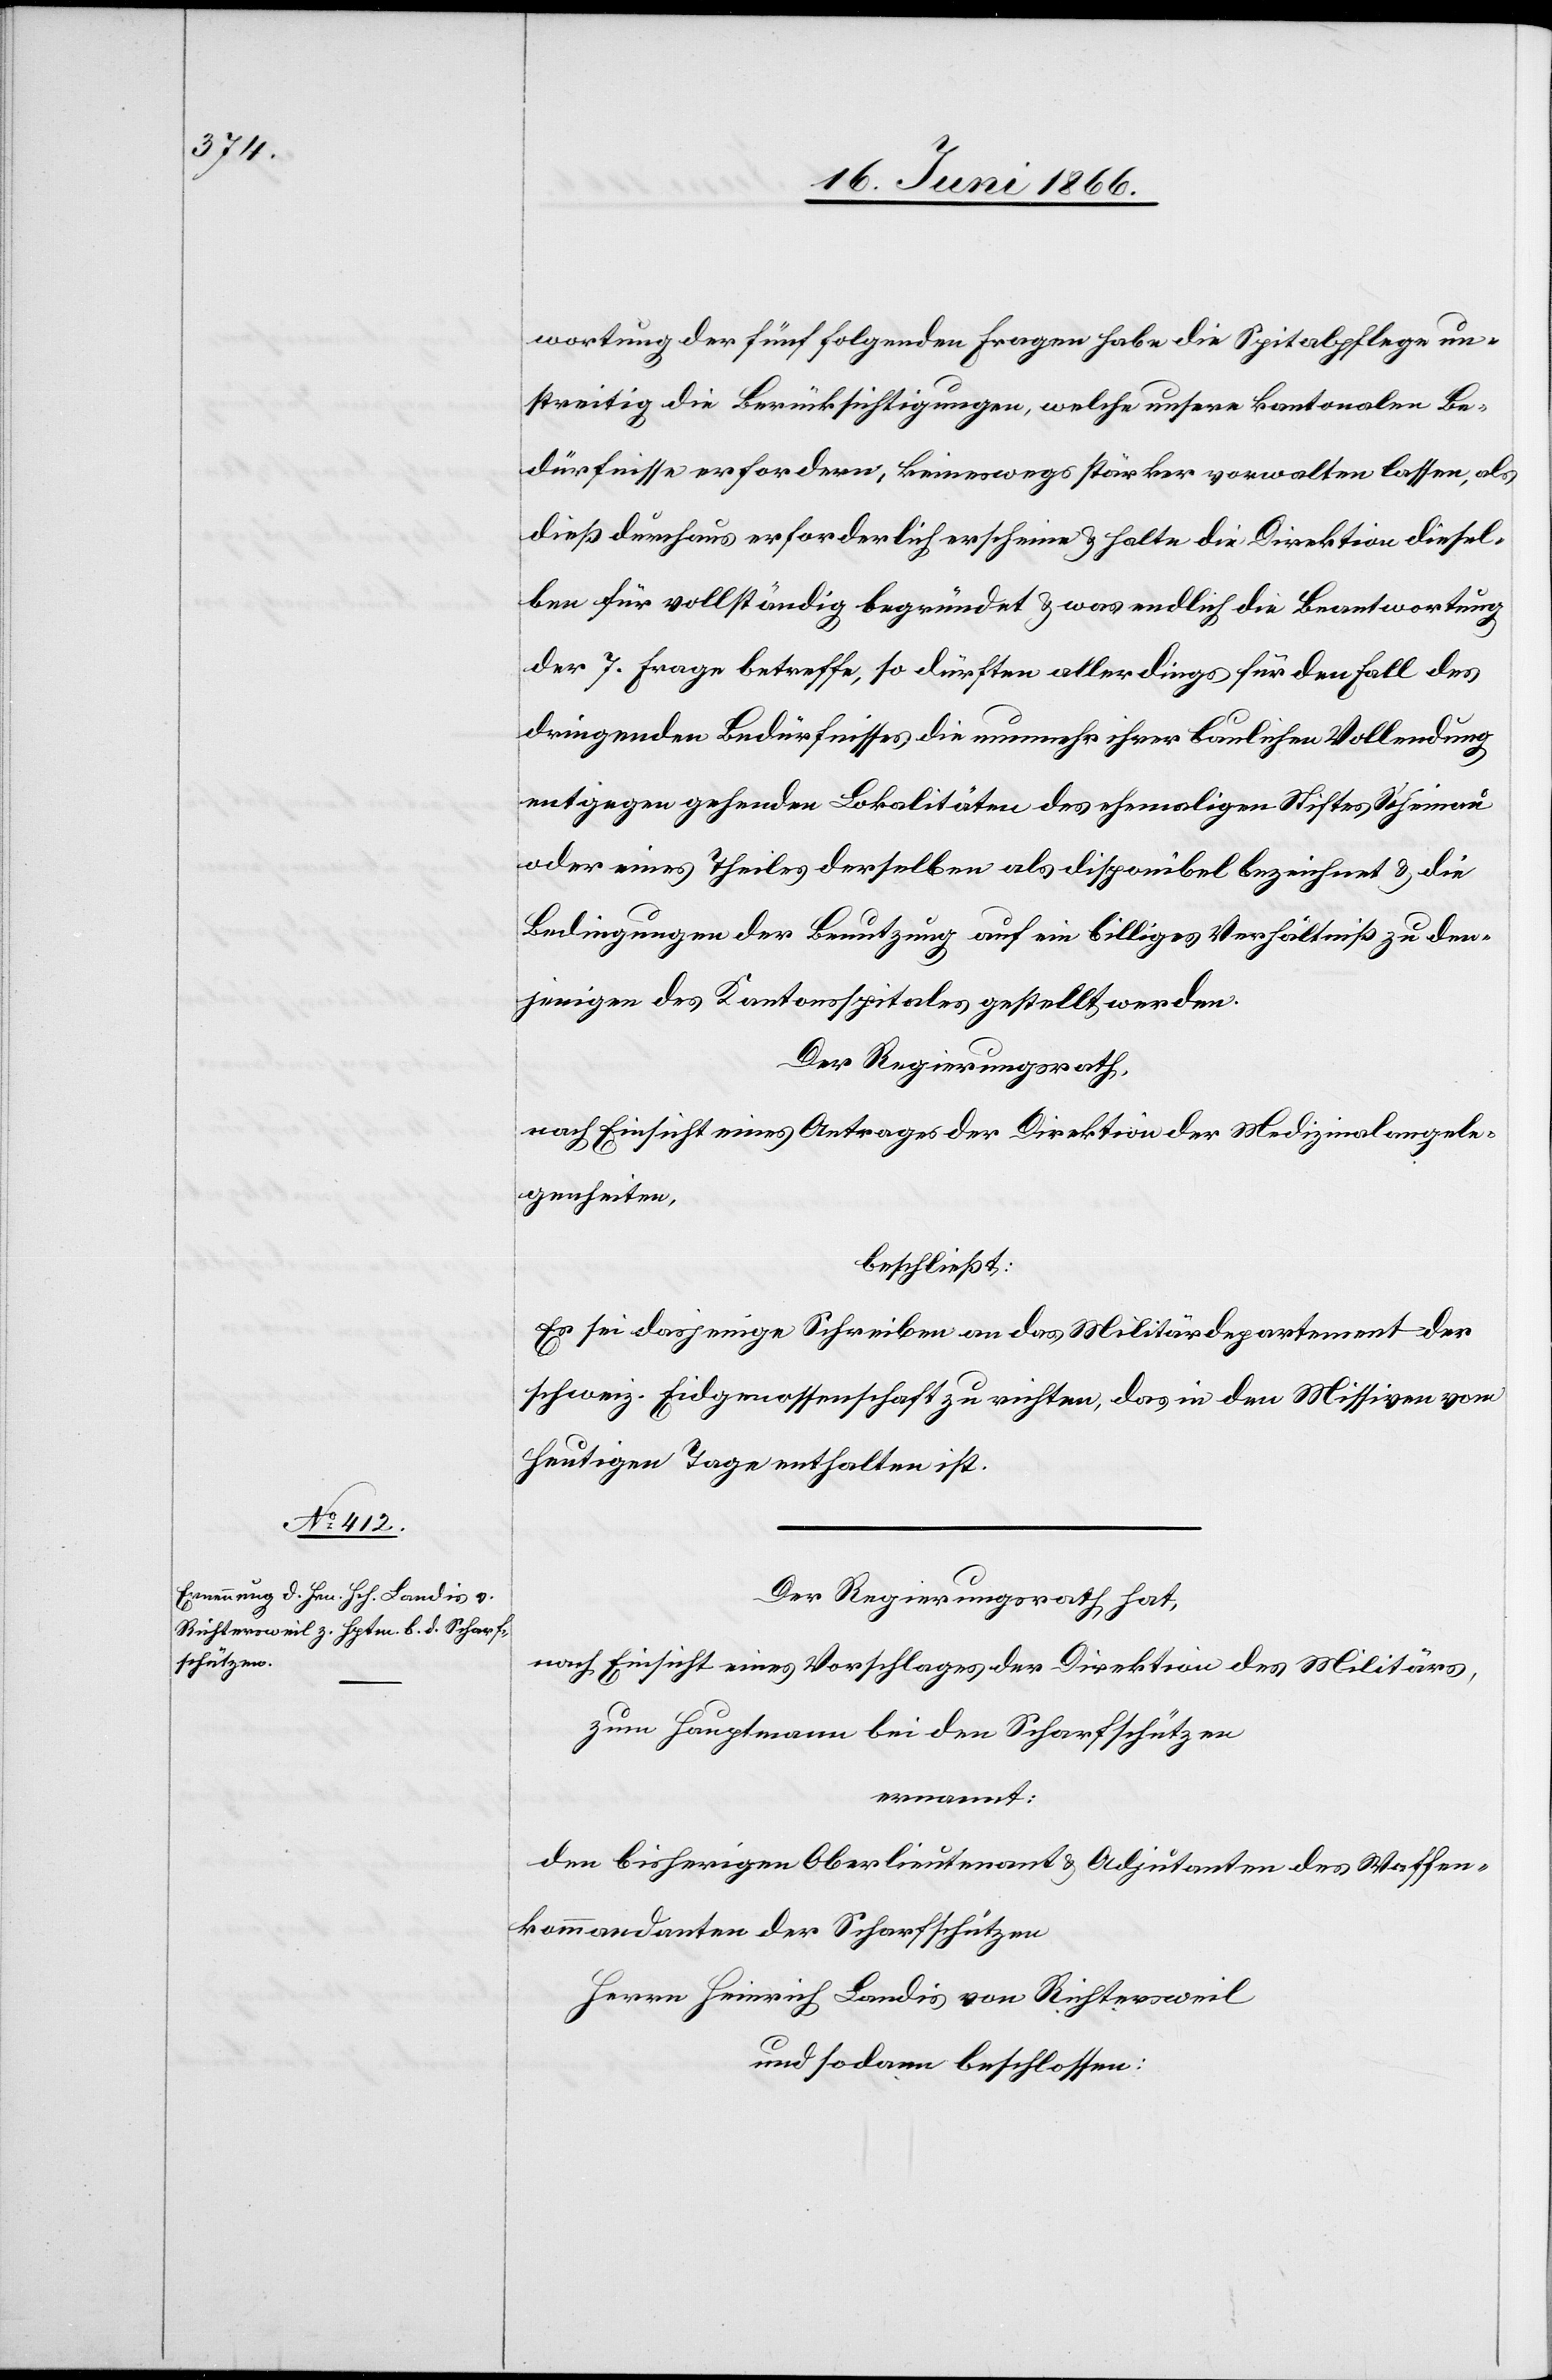
wortung der fünf folgenden Fragen habe die Spitalpflege un¬
streitig die Berücksichtigungen, welche unsere kantonalen Be¬
dürfnisse erfordern, keineswegs stärker vorwalten lassen, als
dieß durchaus erforderlich erscheine u. halte die Direktion diesel¬
ben für vollständig begründet u. was endlich die Beantwortung
der 7. Frage betreffe, so dürften allerdings für den Fall des
dringenden Bedürfnisses die nunmehr ihrer baulichen Vollendung
entgegengehenden Lokalitäten des ehemaligen Stiftes Rheinau
oder eines Theiles derselben als disponibel bezeichnet u. die
Bedingungen der Benutzung auf ein billiges Verhältniß zu den¬
jenigen des Kantonsspitales gestellt werden.
Der Regierungsrath,
nach Einsicht eines Antrages der Direktion der Medizinalangele¬
genheiten,
beschließt:
Es sei dasjenige Schreiben an das Militärdepartement der
schweiz. Eidgenossenschaft zu richten, das in den Missiven vom
heutigen Tage enthalten ist.
Der Regierungsrath hat,
nach Einsicht eines Vorschlages der Direktion des Militärs,
zum Hauptmann bei den Scharfschützen
ernannt:
den bisherigen Oberlieutenant u. Adjutanten des Waffen¬
kommandanten der Scharfschützen
Herrn Heinrich Landis von Richtersweil
und sodann beschlossen: